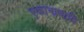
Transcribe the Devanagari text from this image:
एकानाथादि